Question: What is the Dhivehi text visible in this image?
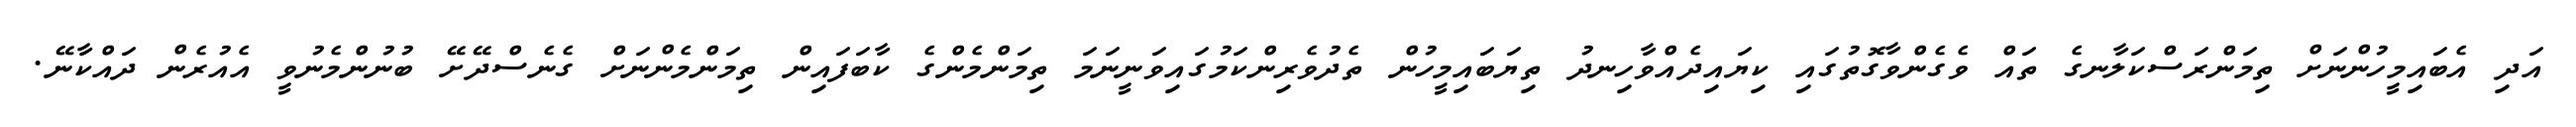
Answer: އަދި އެބައިމީހުންނަށް ތިމަންރަސްކަލާނގެ ތައް ވެގެންވާގޮތުގައި ކިޔައިދެއްވާހިނދު ތިޔަބައިމީހުން ތެދުވެރިންކަމުގައިވަނީނަމަ ތިމަންމެންގެ ކާބަފައިން ތިމަންމެންނަށް ގެނެސްދޭށޭ ބުނުންމެނުވީ އެއުރެން ދައްކާނޭ.